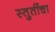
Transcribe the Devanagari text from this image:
स्तुतींचा